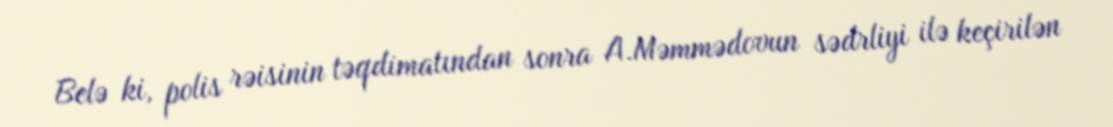
Belə ki, polis rəisinin təqdimatından sonra A.Məmmədovun sədrliyi ilə keçirilən